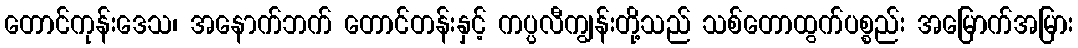
တောင်ကုန်းဒေသ၊ အနောက်ဘက် တောင်တန်းနှင့် ကပ္ပလီကျွန်းတို့သည် သစ်တောထွက်ပစ္စည်း အမြောက်အမြား